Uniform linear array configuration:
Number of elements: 4
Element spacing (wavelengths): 0.25
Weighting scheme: binomial
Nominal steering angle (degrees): -15
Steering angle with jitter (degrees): -16.041
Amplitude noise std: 0.05
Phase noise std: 0.05

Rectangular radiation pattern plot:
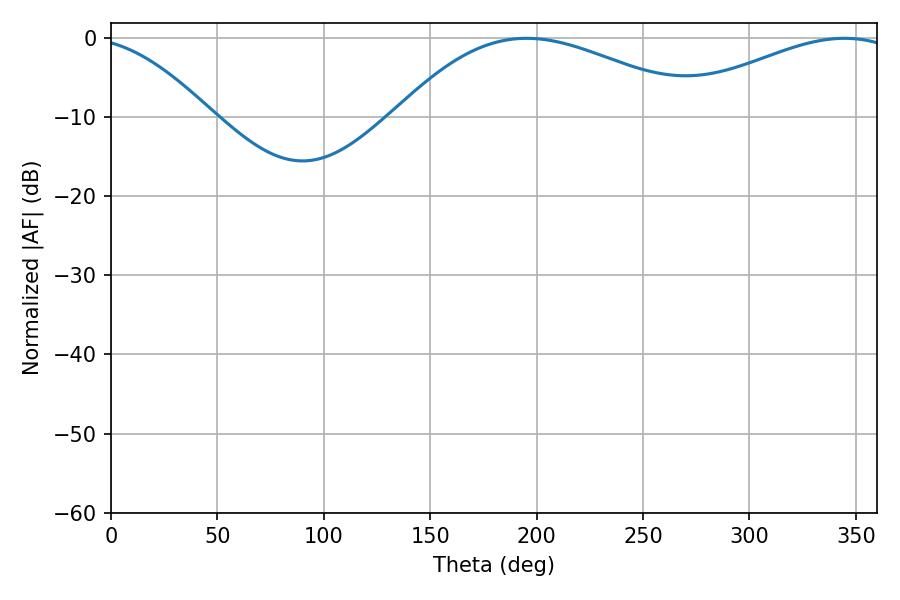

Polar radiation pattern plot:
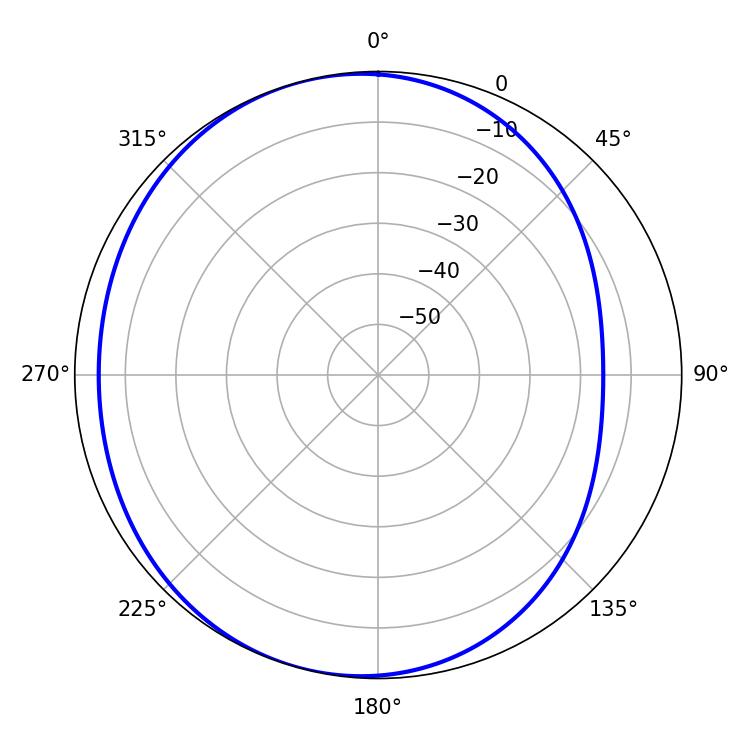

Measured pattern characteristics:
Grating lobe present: FALSE
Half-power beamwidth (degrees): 59.04
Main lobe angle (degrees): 344.7